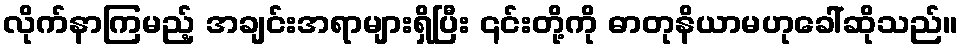
လိုက်နာကြမည့် အချင်းအရာများရှိပြီး ၎င်းတို့ကို ဓာတုနိယာမဟုခေါ်ဆိုသည်။